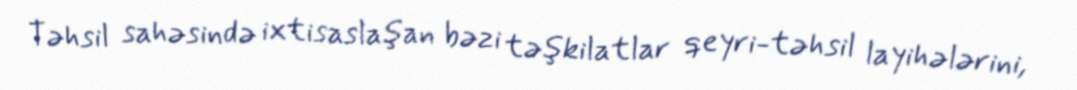
Təhsil sahəsində ixtisaslaşan bəzi təşkilatlar qeyri-təhsil layihələrini,